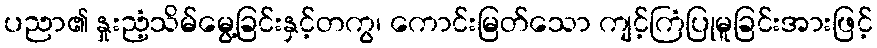
ပညာ၏ နှုးညံ့သိမ်မွေ့ခြင်းနှင့်တကွ၊ ကောင်းမြတ်သော ကျင့်ကြံပြုမူခြင်းအားဖြင့်